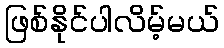
ဖြစ်နိုင်ပါလိမ့်မယ်